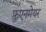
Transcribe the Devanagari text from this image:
फ़ुएनमेयर